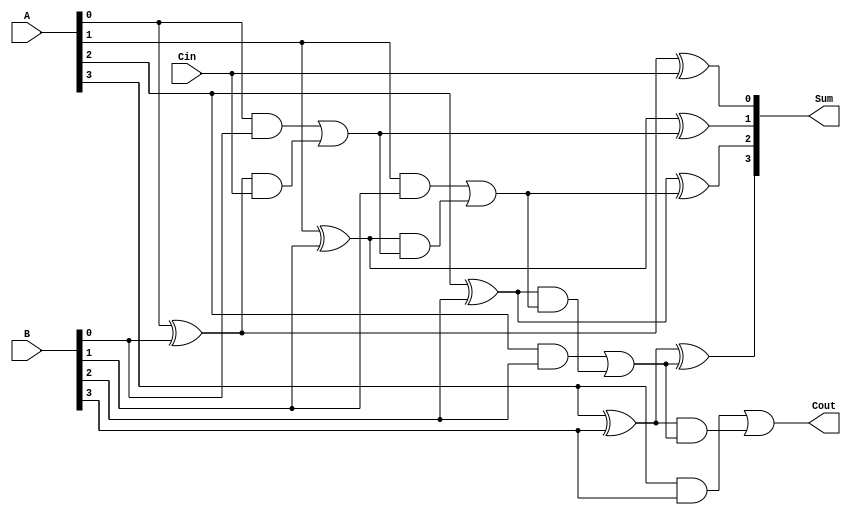
module csfa #(
    parameter n = 4 // Number of bits
)(
    input  [n-1:0] A,    // First input operand
    input  [n-1:0] B,    // Second input operand
    input          Cin,   // Carry input
    output [n-1:0] Sum,   // Resulting sum
    output         Cout    // Carry output
);

    wire [n-1:0] P;  // Partial sums
    wire [n-1:0] G;  // Generate carries
    wire [n:0] C;    // Carry outputs (C[0] is for Cin, C[n-1] for final Cout)

    // Partial Sum and Generate Carry Calculation
    genvar i;
    generate
        for (i = 0; i < n; i = i + 1) begin : partial_calc
            assign P[i] = A[i] ^ B[i];  // Partial sum without carry
            assign G[i] = A[i] & B[i];  // Generate carry
        end
    endgenerate

    // Conditional Carry Calculation
    assign C[0] = Cin; // Initial carry input
    generate
        for (i = 1; i <= n; i = i + 1) begin : carry_calc
            assign C[i] = G[i-1] | (P[i-1] & C[i-1]); // Carry propagation
        end
    endgenerate

    // Sum Calculation
    generate
        for (i = 0; i < n; i = i + 1) begin : sum_calc
            assign Sum[i] = P[i] ^ C[i]; // Final sum calculation
        end
    endgenerate

    // Final Carry Output
    assign Cout = C[n]; // Final carry out

endmodule